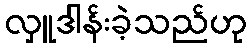
လှူဒါန်းခဲ့သည်ဟု